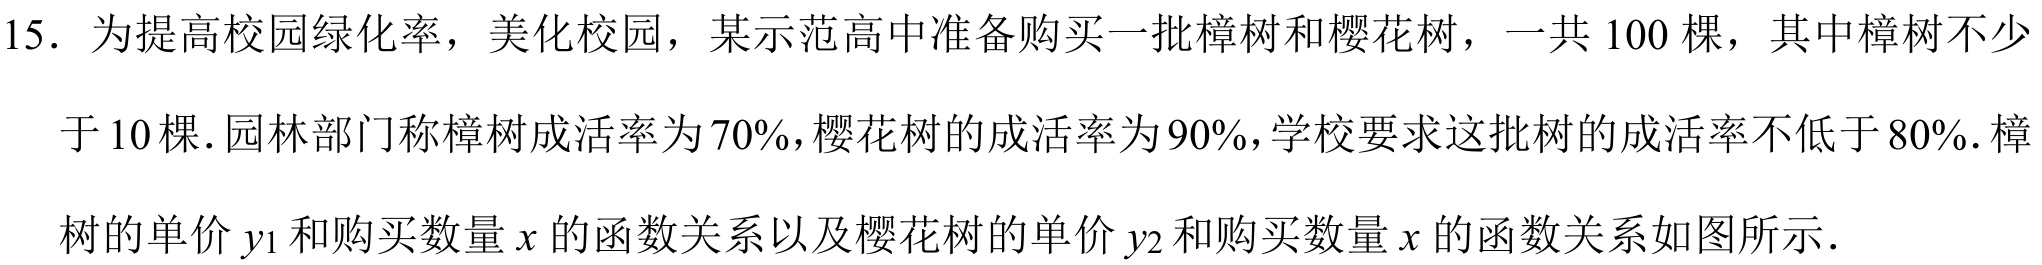
15. 为提高校园绿化率，美化校园，某示范高中准备购买一批樟树和樱花树，一共 100 棵，其中樟树不少于 10 棵. 园林部门称樟树成活率为 70%，樱花树的成活率为 90%，学校要求这批树的成活率不低于 80%. 樟树的单价\(y_{1}\)和购买数量\(x\)的函数关系以及樱花树的单价\(y_{2}\)和购买数量\(x\)的函数关系如图所示.